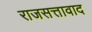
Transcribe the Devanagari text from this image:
राजसत्तावाद